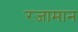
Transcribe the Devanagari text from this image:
रजामान